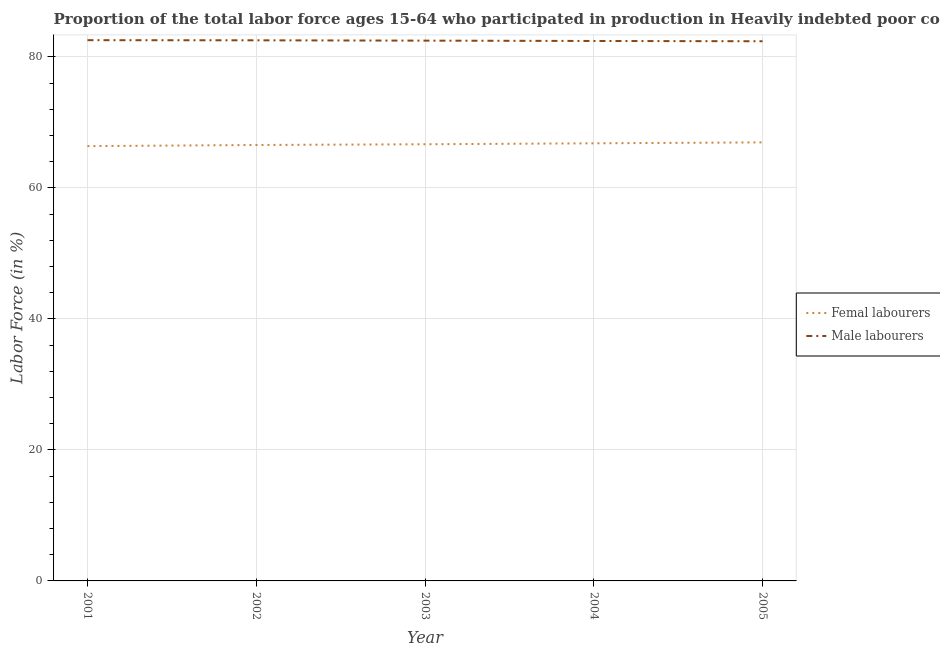
| Year | Femal labourers | Male labourers |
 | --- | --- | --- |
 | 2001 | 66.4 | 82.6 |
 | 2002 | 66.6 | 82.5 |
 | 2003 | 66.7 | 82.5 |
 | 2004 | 66.8 | 82.4 |
 | 2005 | 67 | 82.4 |